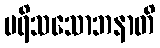
ပရိသသောဘနာတိ